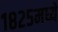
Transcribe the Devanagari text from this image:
१८२५मध्ये